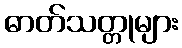
ဓာတ်သတ္တုများ